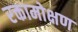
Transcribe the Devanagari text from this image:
रक्तामोक्षण